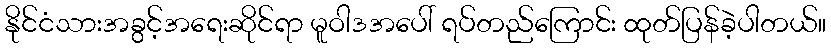
နိုင်ငံသားအခွင့်အရေးဆိုင်ရာ မူဝါဒအပေါ် ရပ်တည်ကြောင်း ထုတ်ပြန်ခဲ့ပါတယ်။